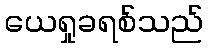
ယေရှုခရစ်သည်